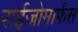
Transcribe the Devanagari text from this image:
राईजोमार्फस